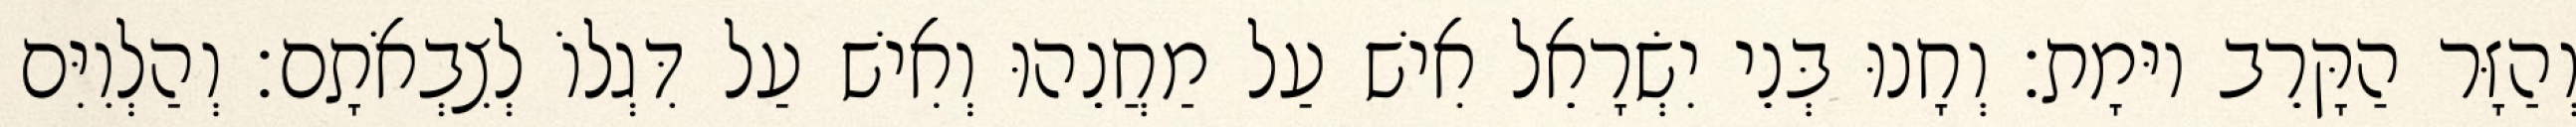
וְהַזָּר הַקָּרֵב יוּמָת׃ וְחָנוּ בְּנֵי יִשְׂרָאֵל אִישׁ עַל מַחֲנֵהוּ וְאִישׁ עַל דִּגְלוֹ לְצִבְאֹתָם׃ וְהַלְוִיִּם